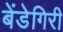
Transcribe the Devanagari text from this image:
बेंडेगिरी